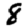
Digit: 8